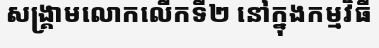
សង្គ្រាមលោកលើកទី២ នៅក្នុងកម្មវិធី